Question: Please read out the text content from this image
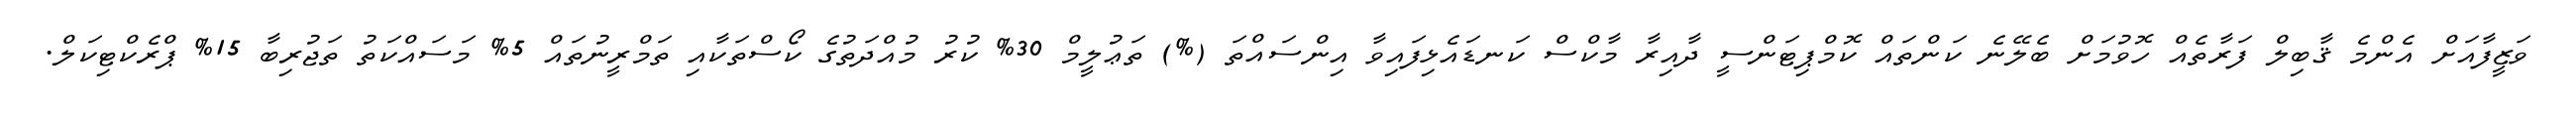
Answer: ވަޒީފާއަށް އެންމެ ޤާބިލް ފަރާތެއް ހޮވުމަށް ބެލޭނެ ކަންތައް ކޮމްޕިޓަންސީ ދާއިރާ މާކްސް ކަނޑައެޅިފައިވާ އިންސައްތަ (%) ތަޢުލީމް 30% ކުރު މުއްދަތުގެ ކޯސްތަކާއި ތަމްރީނުތައް 5% މަސައްކަތު ތަޖުރިބާ 15% ޕްރެކްޓިކަލް.